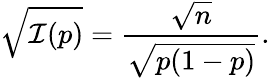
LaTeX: {\sqrt{{\mathcal{I}}(p)}}={\frac{\sqrt{n}}{\sqrt{p(1-p)}}}.